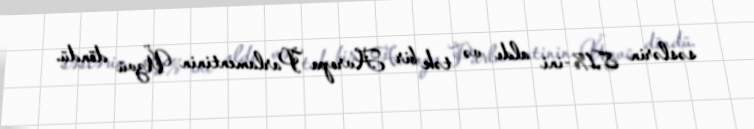
səslərin 8,1%-ini aldı və tək bir Avropa Parlamentinin Üzvü döndü.